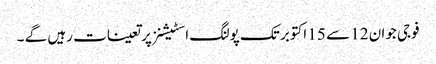
فوجی جوان 12 سے 15 اکتوبر تک پولنگ اسٹیشنز پر تعینات رہیں گے ۔